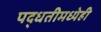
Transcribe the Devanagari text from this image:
पद्धतीमध्येही